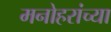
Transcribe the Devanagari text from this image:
मनोहरांच्या